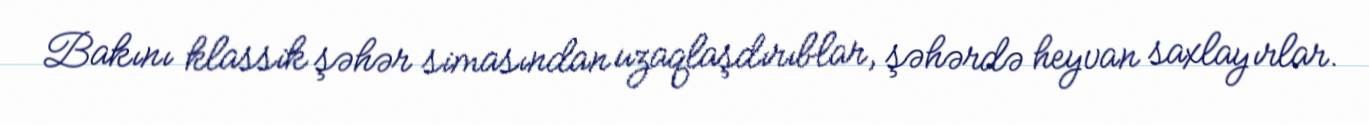
Bakını klassik şəhər simasından uzaqlaşdırıblar, şəhərdə heyvan saxlayırlar.